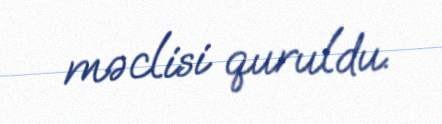
məclisi quruldu.